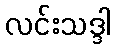
လင်းသဒ္ဒါ